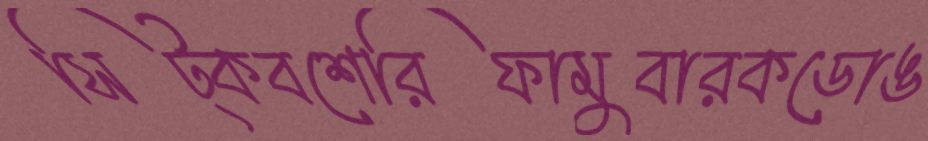
সিট্‌কবশেরিফামুবারকডোঙ